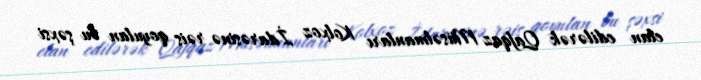
elan edilərək Qafqaz Müsəlmanları Kolxoz İdarəsinə rəis qoyulan bu şəxsi